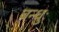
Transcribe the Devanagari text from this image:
बन्धुः